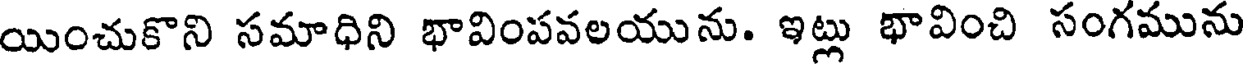
యించుకొని సమాధిని భావింపవలయును. ఇట్లు భావించి సంగమును